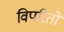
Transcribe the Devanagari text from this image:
विपरितों